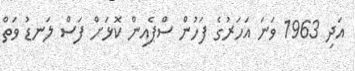
އަދި 1963 ވަނަ އަހަރުގެ ފަހުން ސްޕެއިން ކޮޅަށް ފަސް ލަނޑު ވަތް